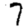
Digit: 7